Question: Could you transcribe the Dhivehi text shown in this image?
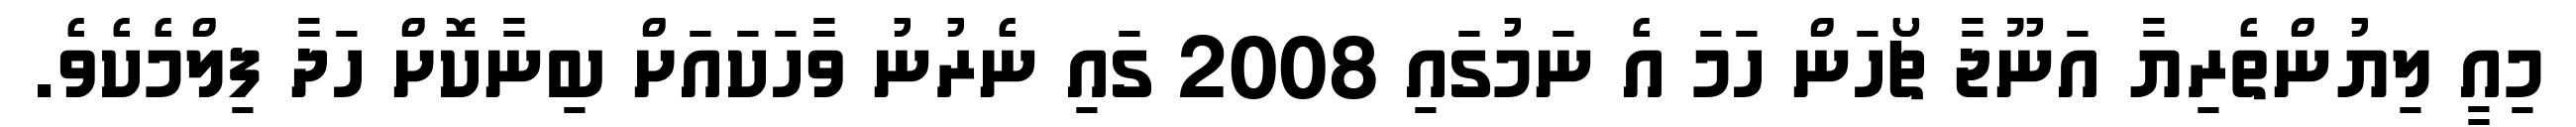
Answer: މިއީ ލިޔުންތެރިޔާ އަނޫޖާ ޗޯހަން ހަމަ އެ ނަމުގައި 2008 ގައި ނެރުނު ވާހަކައަށް ބިނާކޮށް ހަދާ ފިލްމެކެވެ.